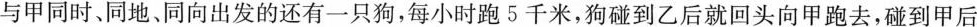
与甲同时、同地、同向出发的还有一只狗，每小时跑5千米，狗碰到乙后就回头向甲跑去，碰到甲后